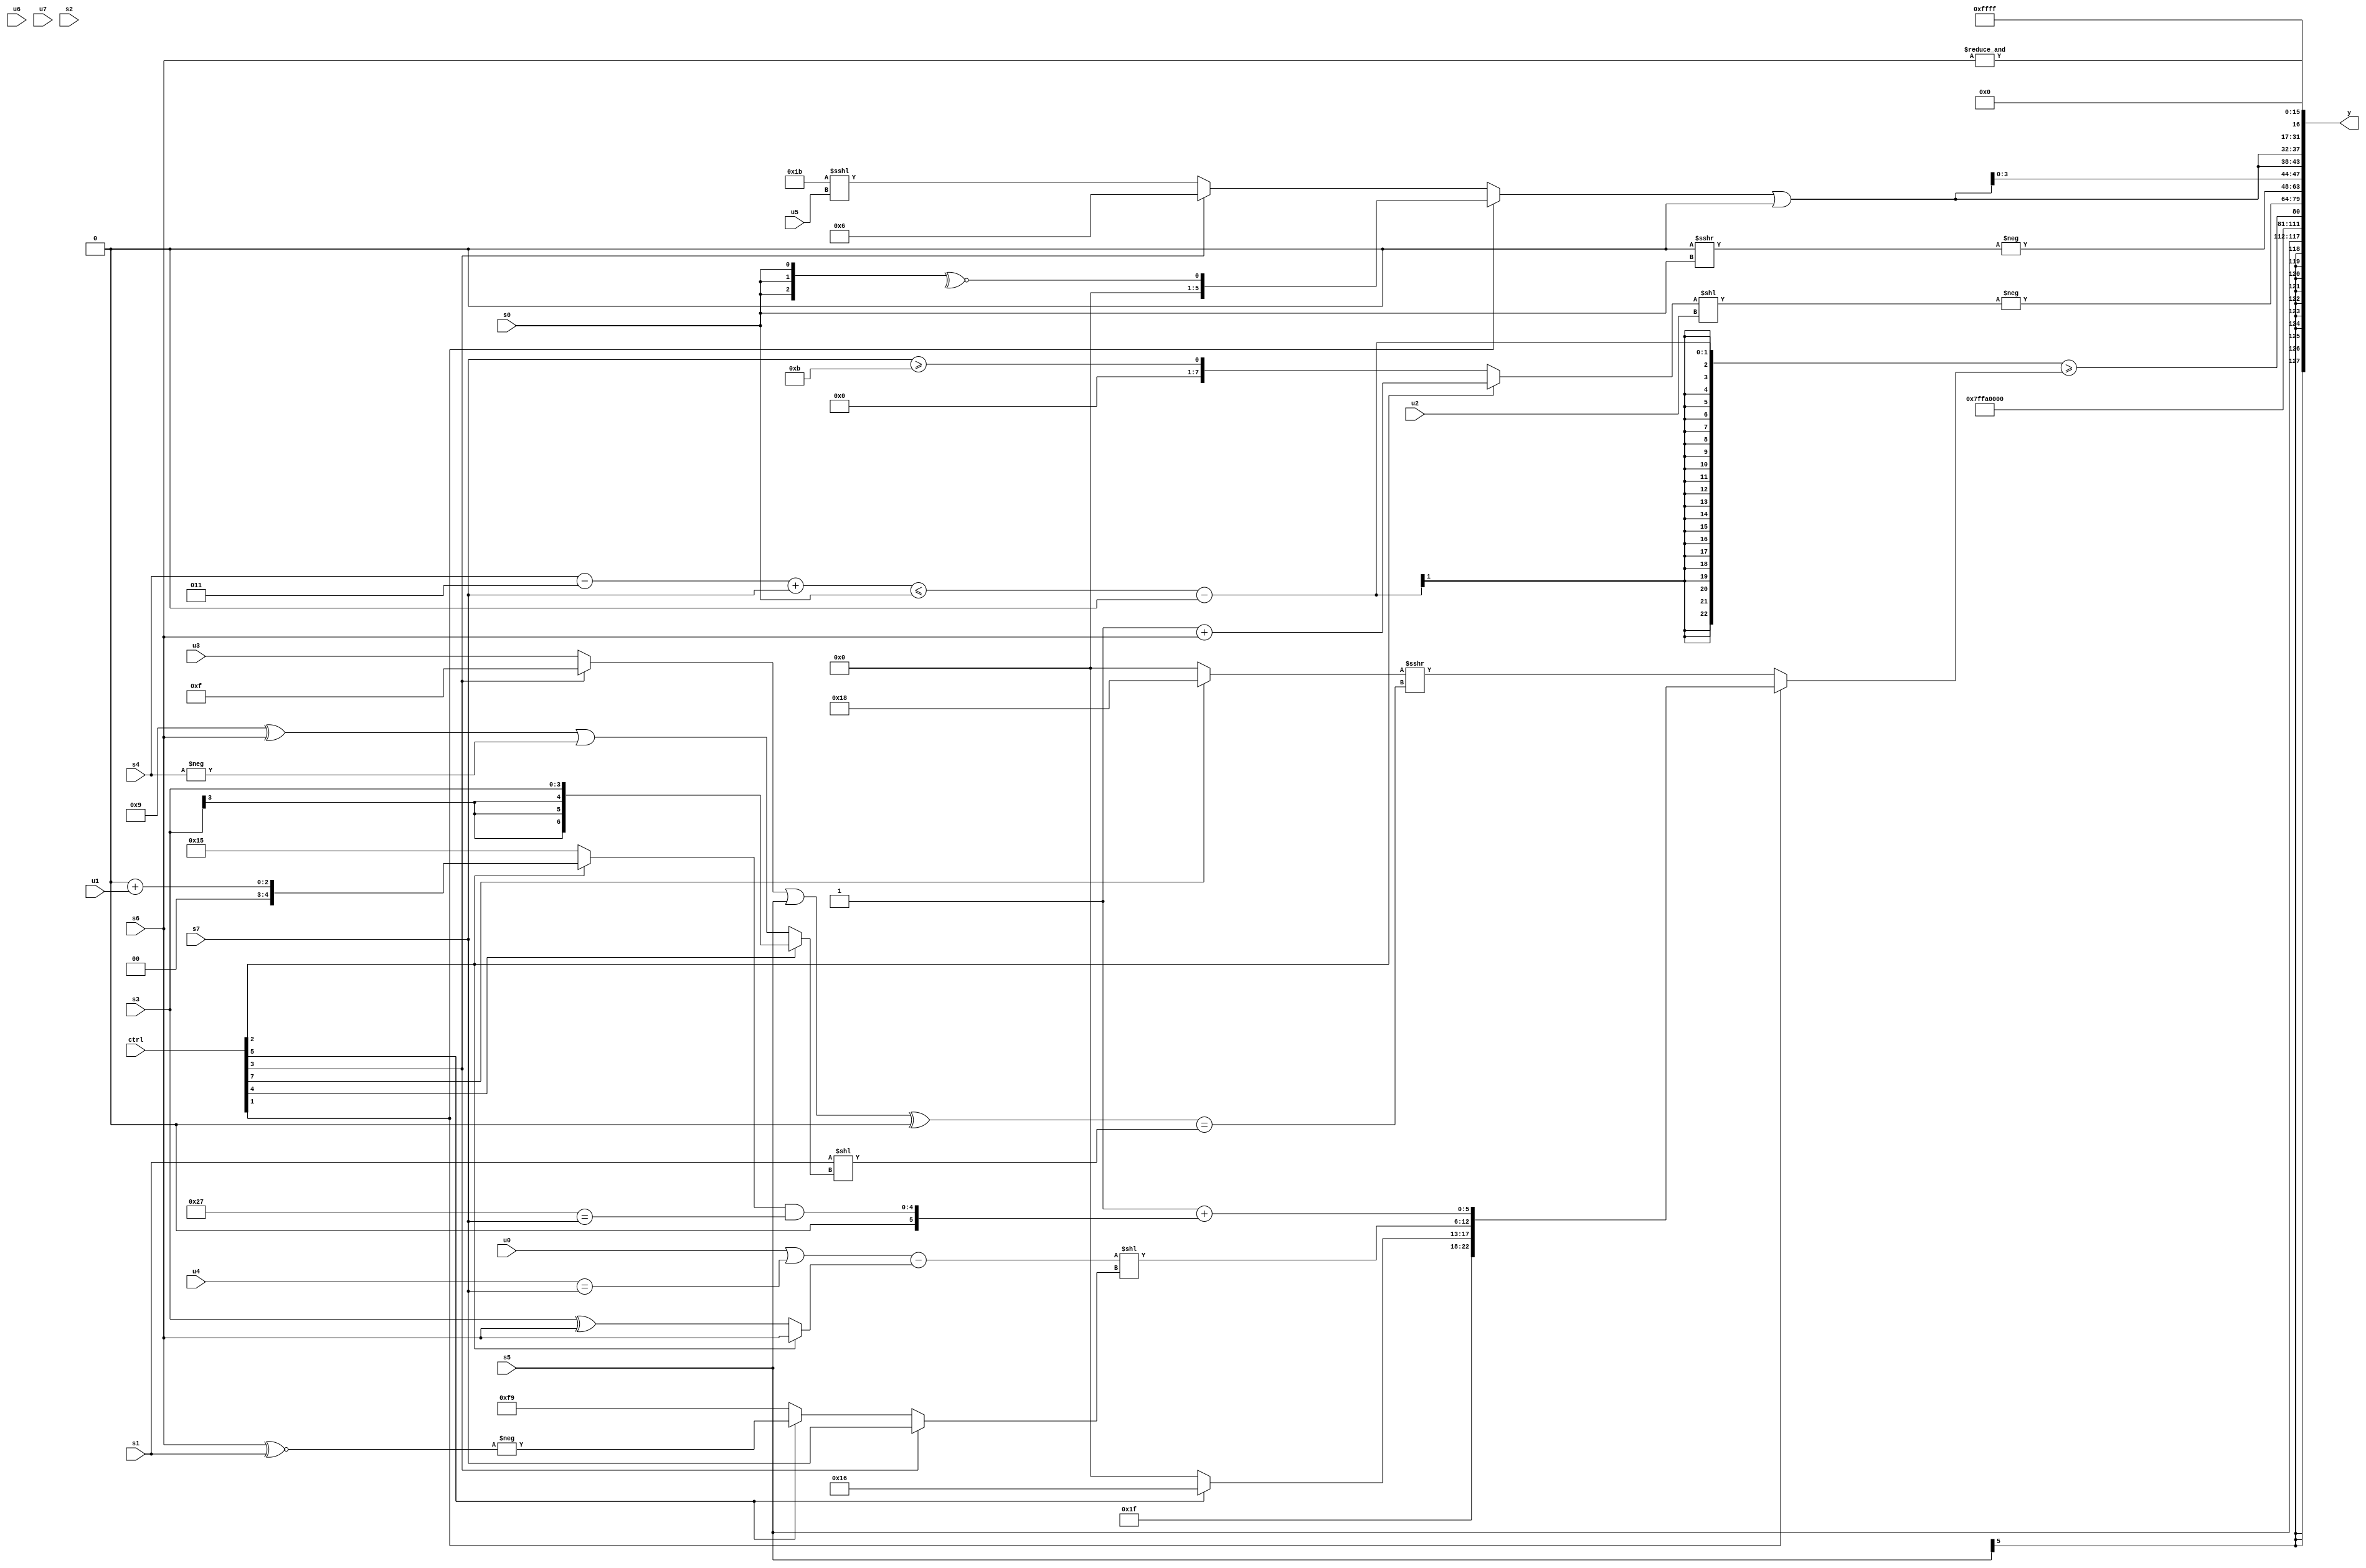
module wideexpr_00509(ctrl, u0, u1, u2, u3, u4, u5, u6, u7, s0, s1, s2, s3, s4, s5, s6, s7, y);
  input [7:0] ctrl;
  input [0:0] u0;
  input [1:0] u1;
  input [2:0] u2;
  input [3:0] u3;
  input [4:0] u4;
  input [5:0] u5;
  input [6:0] u6;
  input [7:0] u7;
  input signed [0:0] s0;
  input signed [1:0] s1;
  input signed [2:0] s2;
  input signed [3:0] s3;
  input signed [4:0] s4;
  input signed [5:0] s5;
  input signed [6:0] s6;
  input signed [7:0] s7;
  output [127:0] y;
  wire [15:0] y0;
  wire [15:0] y1;
  wire [15:0] y2;
  wire [15:0] y3;
  wire [15:0] y4;
  wire [15:0] y5;
  wire [15:0] y6;
  wire [15:0] y7;
  assign y = {y0,y1,y2,y3,y4,y5,y6,y7};
  assign y0 = +(s5);
  assign y1 = -(6'b001100);
  assign y2 = (((+($unsigned(((+($signed(s4)))-(5'sb00011))+(s7))))<=(s0))-(2'b00))>=({1{(ctrl[1]?{5'sb11111,(ctrl[5]?5'sb10110:|((~&($signed(3'sb011)))>>(6'sb101000))),((+(($unsigned(u0))|((u4)==(s7))))-($signed((ctrl[2]?s6:(s3)^(s6)))))<<((ctrl[3]?s7:(ctrl[5]?-((s6)^~(s1)):4'sb1001))),(1'sb1)+($signed(((ctrl[2]?(5'b00000)+(u1):{3{2'b01}}))&(((6'sb100111)==(s7))!=(3'b000))))}:((ctrl[7]?$signed(6'sb011000):1'sb0))>>>((((+((ctrl[3]?4'b1111:u3)))|(s5))^(-(+((s1)>>>(6'sb101011)))))==((s1)<<((ctrl[4]?s3:((5'sb01001)^(s6))|(-(s4)))))))}});
  assign y3 = -((+((ctrl[2]?(1'b1)+(s6):(s7)>=(4'sb1011))))<<(u2));
  assign y4 = -((2'sb00)>>>(s0));
  assign y5 = {3{((ctrl[1]?(ctrl[1]?~^({3{s0}}):$signed(6'sb110100)):(ctrl[3]?3'sb110:({1{6'sb011011}})<<<(u5))))|({1{4'sb0000}})}};
  assign y6 = &(s6);
  assign y7 = 1'sb1;
endmodule